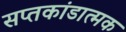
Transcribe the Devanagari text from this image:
सप्तकांडात्मक